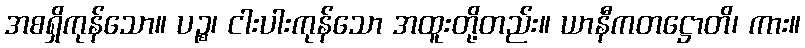
အစရှိကုန်သော။ ပဉ္စ၊ ငါးပါးကုန်သော အထူးတို့တည်း။ ယာနီကတဋ္ဌောတိ၊ ကား။